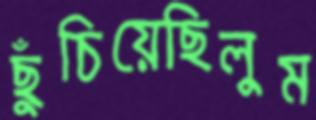
ছুঁচিয়েছিলুম